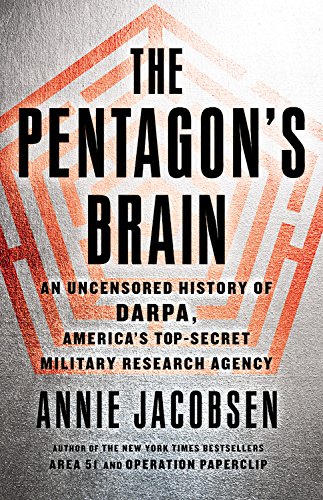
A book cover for The Pentagon's Brain: An Uncensored History of DARPA, America's Top-Secret Military Research Agency; Annie Jacobsen; Engineering & Transportation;